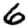
Digit: 6